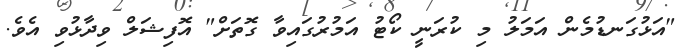
"އަޅުގަނޑުމެން އަމަލު މި ކުރަނީ ކޯޓު އަމުރުގައިވާ ގޮތަށް" އޮފިޝަލް ވިދާޅުވި އެވެ.